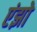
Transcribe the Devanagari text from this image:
एंझो